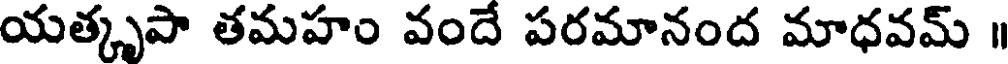
యత్కృపా తమహం వందే పరమానంద మాధవమ్